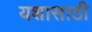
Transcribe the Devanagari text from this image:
यशासाठी